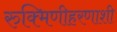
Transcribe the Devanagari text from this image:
रुक्मिणीहरणाशी